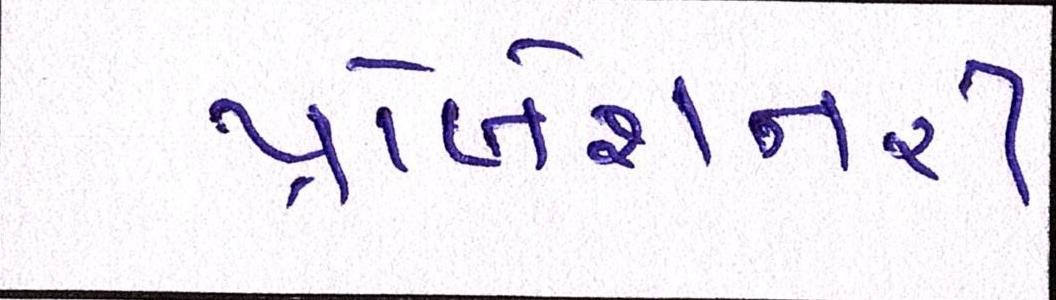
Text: પ્રોબેશનરી